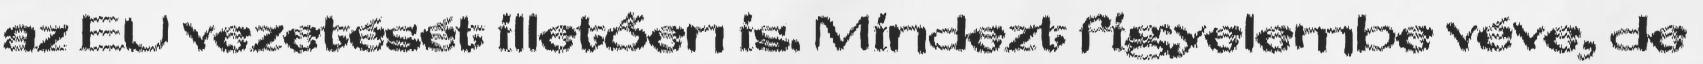
az EU vezetését illetően is. Mindezt figyelembe véve, de